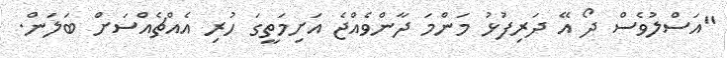
"އަސްލުވެސް ދޯ އޭ ދަރިފުޅު މަންމަ ދާންވެއްޖެ އަށިމަތީގަ ހުރި އެއްޗެއްސަށް ބަލަން.